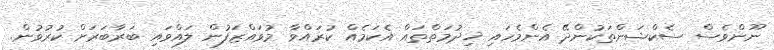
ނޫންވެސް ސެކްޝަންތަކުންދޭ އެންމެހައި ޚިދުމަތްތައް އެކަމެއް ކުރައްވާ މުވައްޒަފުން ލައްވައި ބަރާބަރަށް ކުރުވުން.